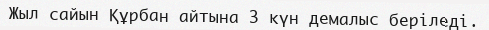
Жыл сайын Құрбан айтына 3 күн демалыс беріледі.